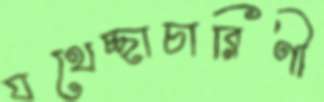
যথেচ্ছাচারিণী